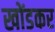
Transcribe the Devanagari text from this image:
खोंडकर